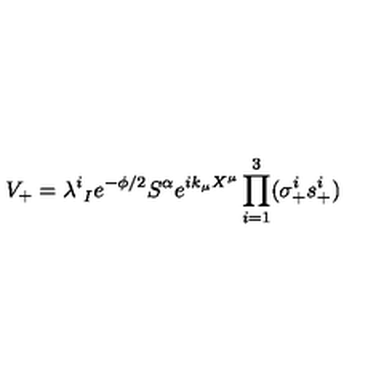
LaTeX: V _ { + } = \lambda _ { \ I } ^ { i } e ^ { - \phi / 2 } S ^ { \alpha } e ^ { i k _ { \mu } X ^ { \mu } } \prod _ { i = 1 } ^ { 3 } ( \sigma _ { + } ^ { i } s _ { + } ^ { i } )